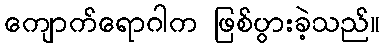
ကျောက်ရောဂါက ဖြစ်ပွားခဲ့သည်။